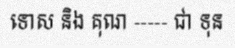
ទោស និង គុណ ----- ជា ទុន